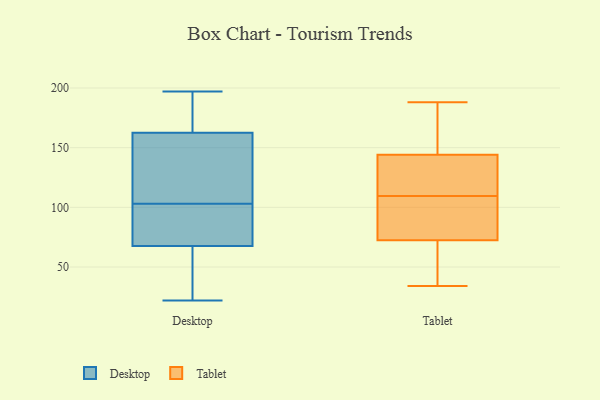
{"axis": {"x": "Net Income (USD K)", "y": "Value"}, "legend": ["Desktop", "Tablet"], "data": [{"x": "", "y": 22, "type": "Desktop"}, {"x": "", "y": 53, "type": "Desktop"}, {"x": "", "y": 63, "type": "Desktop"}, {"x": "", "y": 72, "type": "Desktop"}, {"x": "", "y": 197, "type": "Desktop"}, {"x": "", "y": 162, "type": "Desktop"}, {"x": "", "y": 169, "type": "Desktop"}, {"x": "", "y": 194, "type": "Desktop"}, {"x": "", "y": 103, "type": "Desktop"}, {"x": "", "y": 109, "type": "Desktop"}, {"x": "", "y": 119, "type": "Desktop"}, {"x": "", "y": 163, "type": "Desktop"}, {"x": "", "y": 91, "type": "Desktop"}, {"x": "", "y": 39, "type": "Desktop"}, {"x": "", "y": 97, "type": "Desktop"}, {"x": "", "y": 103, "type": "Desktop"}, {"x": "", "y": 54, "type": "Tablet"}, {"x": "", "y": 114, "type": "Tablet"}, {"x": "", "y": 69, "type": "Tablet"}, {"x": "", "y": 145, "type": "Tablet"}, {"x": "", "y": 42, "type": "Tablet"}, {"x": "", "y": 77, "type": "Tablet"}, {"x": "", "y": 118, "type": "Tablet"}, {"x": "", "y": 115, "type": "Tablet"}, {"x": "", "y": 98, "type": "Tablet"}, {"x": "", "y": 188, "type": "Tablet"}, {"x": "", "y": 76, "type": "Tablet"}, {"x": "", "y": 34, "type": "Tablet"}, {"x": "", "y": 108, "type": "Tablet"}, {"x": "", "y": 143, "type": "Tablet"}, {"x": "", "y": 166, "type": "Tablet"}, {"x": "", "y": 111, "type": "Tablet"}, {"x": "", "y": 86, "type": "Tablet"}, {"x": "", "y": 65, "type": "Tablet"}, {"x": "", "y": 180, "type": "Tablet"}, {"x": "", "y": 187, "type": "Tablet"}]}